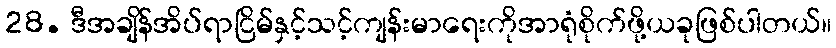
28. ဒီအချိန်အိပ်ရာငြိမ်နှင့်သင့်ကျန်းမာရေးကိုအာရုံစိုက်ဖို့ယခုဖြစ်ပါတယ်။